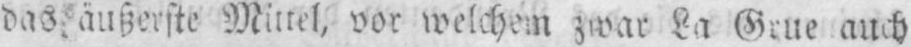
das äußerste Mittel, vor welchem zwar La Grueauch